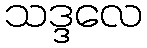
သဒ္ဒလေ